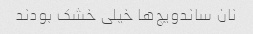
نان ساندویچ‌ها خیلی خشک بودند